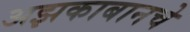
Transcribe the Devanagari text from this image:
अझकाबानचे